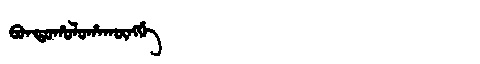
Manchu: ᠪᠣᠨᡨᠣᡥᠣᠯᠣᡥᠠᡴᡡᠩᡤᡝ
Romanization: BONTOHOLOHAKŪNGGE